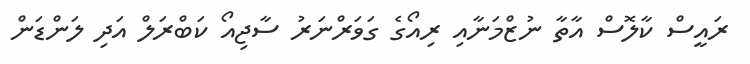
ރައީސް ކާލޮސް އާތާ ނުޒްމަނާއި ރިއޯގެ ގަވަރްނަރު ސާޖިއޯ ކަބްރަލް އަދި ލަންޑަން